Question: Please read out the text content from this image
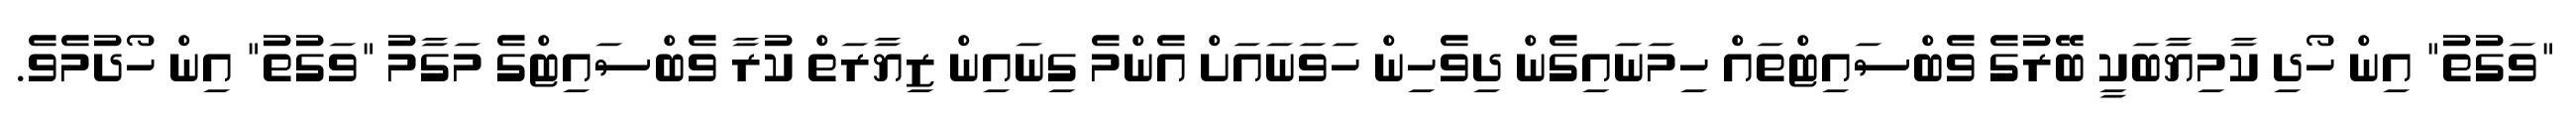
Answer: "ވަގުތު" އިން ހޯދި ކާމިޔާބަކީ ބޭރުގެ ވެބްސައިޓްތައް ހިމަނައިގެން ދިވެހިން ހަވަނައަށް އެންމެ ގިނައިން ޒިޔާރަތް ކުރާ ވެބްސައިޓްގެ މަގާމު "ވަގުތު" އިން ހޯދުމެވެ.